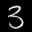
Label: 3